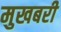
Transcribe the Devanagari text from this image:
मुखबरी